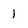
Character: 1